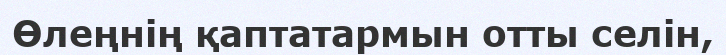
Өлеңнің қаптатармын отты селін,